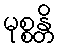
မုစ္စန္တိ